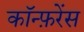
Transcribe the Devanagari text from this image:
काॅन्फ़रेंस